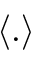
\langle . \rangle